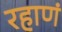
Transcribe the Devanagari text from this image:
रहाणं